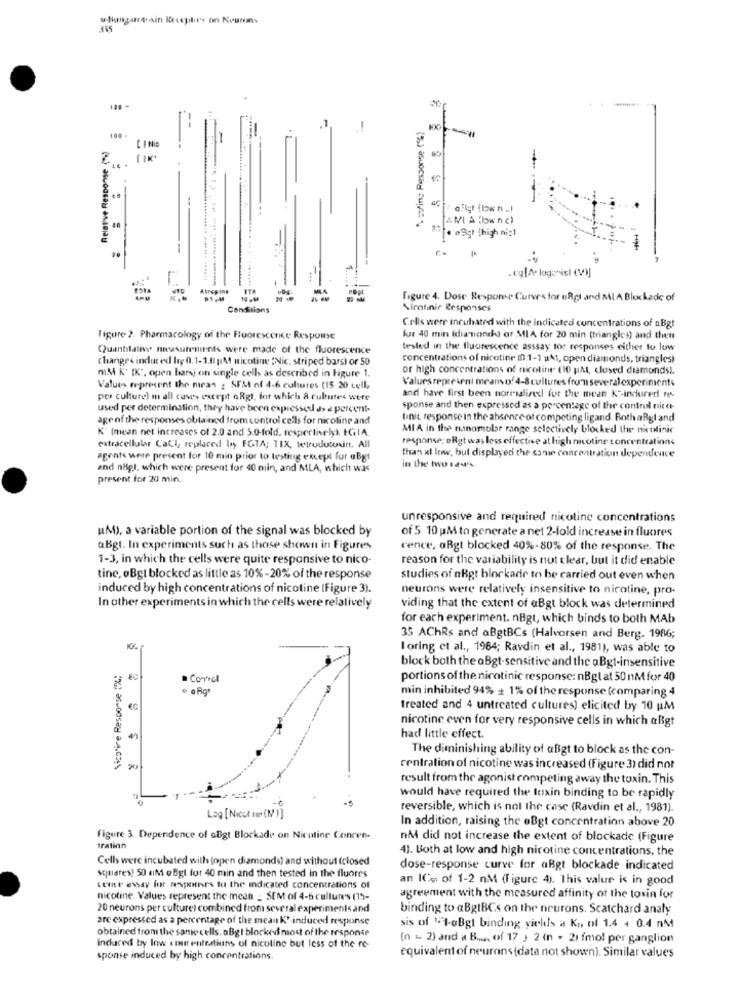
128
A. : fin: Response (6)
-
100
Relative Response (
4€
afigr (low n .)
[ANI A Klownc)
40
. @Sgt (high nic1
. cgfA· logonist (V)]
Atreping
10 PM
figure 4. Dose Response Curves for eRgl and MI A Blockade of
Conditions
Siratinir Responses
Cells were incubated with the indicated concentrations of nBgt
Figure 2. Pharmacology of the Fluorescence Respome
fur 40 min (dia nondk) or MIA for 20 min (triangles) and then
Quantitative measurements were made of the fluorescence
tested in the fluorescence asssay tor responses either tu luw
changes indit ed ly 0.1-1.8 |14 nicotine "Nic, striped bars) or 50
concentrations of nicotine (0.1-1 uAt, open diamonds, triangles)
mM K' [K", open barsj on single cells as described in Figure 1.
or high concentrations of nicotine (10 pMt, closed diamonds).
Values represent means of 4-8 cultures from several experiment+
Values represent the micas : SFM of 4-6 cultures (15 20 cell,
per culture) m all caves except aRgt, for which & cultures were
and have first been norrislined for the mean K -- indureri re-
used per determination, they have been expressed d> a percent-
sponse and then expressed as a percentage of the control nice-
age of the responses obtained from control cells for nicoline and
tinit, response in the absence of competing ligand. BothaBgl and
K' (mean net increases of 2.0 and 5.0-fold, respectively). IGIA.
MI A in the nanomolar range selectively blocked the nictlinic
response: oRgt was less effective at high nicotine concentrations
extracellular CaCi, replaced by FGTA; TIX, terodutosin. All
than at loww, but displayed the same concentration dependence
agents were present for 10 min prior to testing except fur aBgt
and nigt, which were present for 40 min, and MLA, which was
in the two rad's
present for 20 min.
unresponsive and required nicotine concentrations
uM), a variable portion of the signal was blocked by
of 5 10 M to generate a net 2-fold increase in fluores
aBgt. In experiments such as those shown in Figures
rence, oRgt blocked 40%-80% of the response. The
1-3, in which the cells were quite responsive to nico-
reason for the variability is not clear, but it did enable
tine, oBgt blocked as little as 10%-20% of the response
studies of aBgt blockade to be carried out even when
induced by high concentrations of nicotine (Figure 3).
neurons were relatively insensitive to nicotine, pro-
In other experiments in which the cells were relatively
viding that the extent of aBgt block was determined
for each experiment. nBgt, which binds to both MAb
35 AChRs and aBgtBCs (Halvorsen and Berg. 1986;
loring et al ., 1984; Ravdin et al ., 1981), was able to
Nicotine Response (%;
block both the aBgt-sensitive and the aBgt-insensitive
Control
portions of the nicotinic response: nBglat 50 nM for 40
min inhibited 94% + 1% of the response (comparing 4
€C
treated and 4 untreated cultures) elicited by 10 uM
nicotine even for very responsive cells in which aßgt
had little effect.
The diminishing ability of aBgt to block as the con-
20
centration of nicotine was increased (Figure 3) did not
result from the agonist competing away the toxin. This
would have required the toxin binding to be rapidly
reversible, which is not the case (Ravdin et al ., 1981).
Log [Nicol mer (N1]
In addition, raising the eBgt concentration above 20
figure 3. Dependence of aBgt Blockade on Nicotine Conren-
nM did not increase the extent of blockade (Figure
tration
4). Both at low and high nicotine concentrations, the
Cells were incubated with (open diamonds) and without (closed
dose-response curve for aBgt blockade indicated
square's! 50 M oBgt for 40 min and then tested in the fluores
an ICo of 1-2 nM (Figure 4). This value is in good
cene essay for wespones to the indicated concentrations of
nicotine. Values represent the mean _ SEM of 4-6 culture's (15-
agreement with the measured affinity of the toxin for
20 neurons per culture) combined from several experiments and
binding to aBgtBCs on the neurons. Scatchard analy
are expressed as a percentage of the mean KY -induced response
obtained from the same cells. oBgt blocked most of the response
sis of 1-1-0Bgt binding yields a Ko of 1.4 + 0.4 nM
(n - 2) and a B ..... of 17 , 2 (n . 21 fmol per ganglion
Induced by low enutenteations of nicotine but less of the re-
sponse induced by high concentrations
equivalent of neurons (data not shown). Similar values